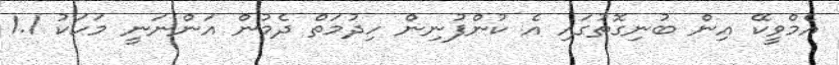
އެމްވީކޭ އިން ބުނިގޮތުގައި އެ ކުންފުނިން ހިދުމަތް ދެމުން އަންނަނީ މަހަކު 1.1